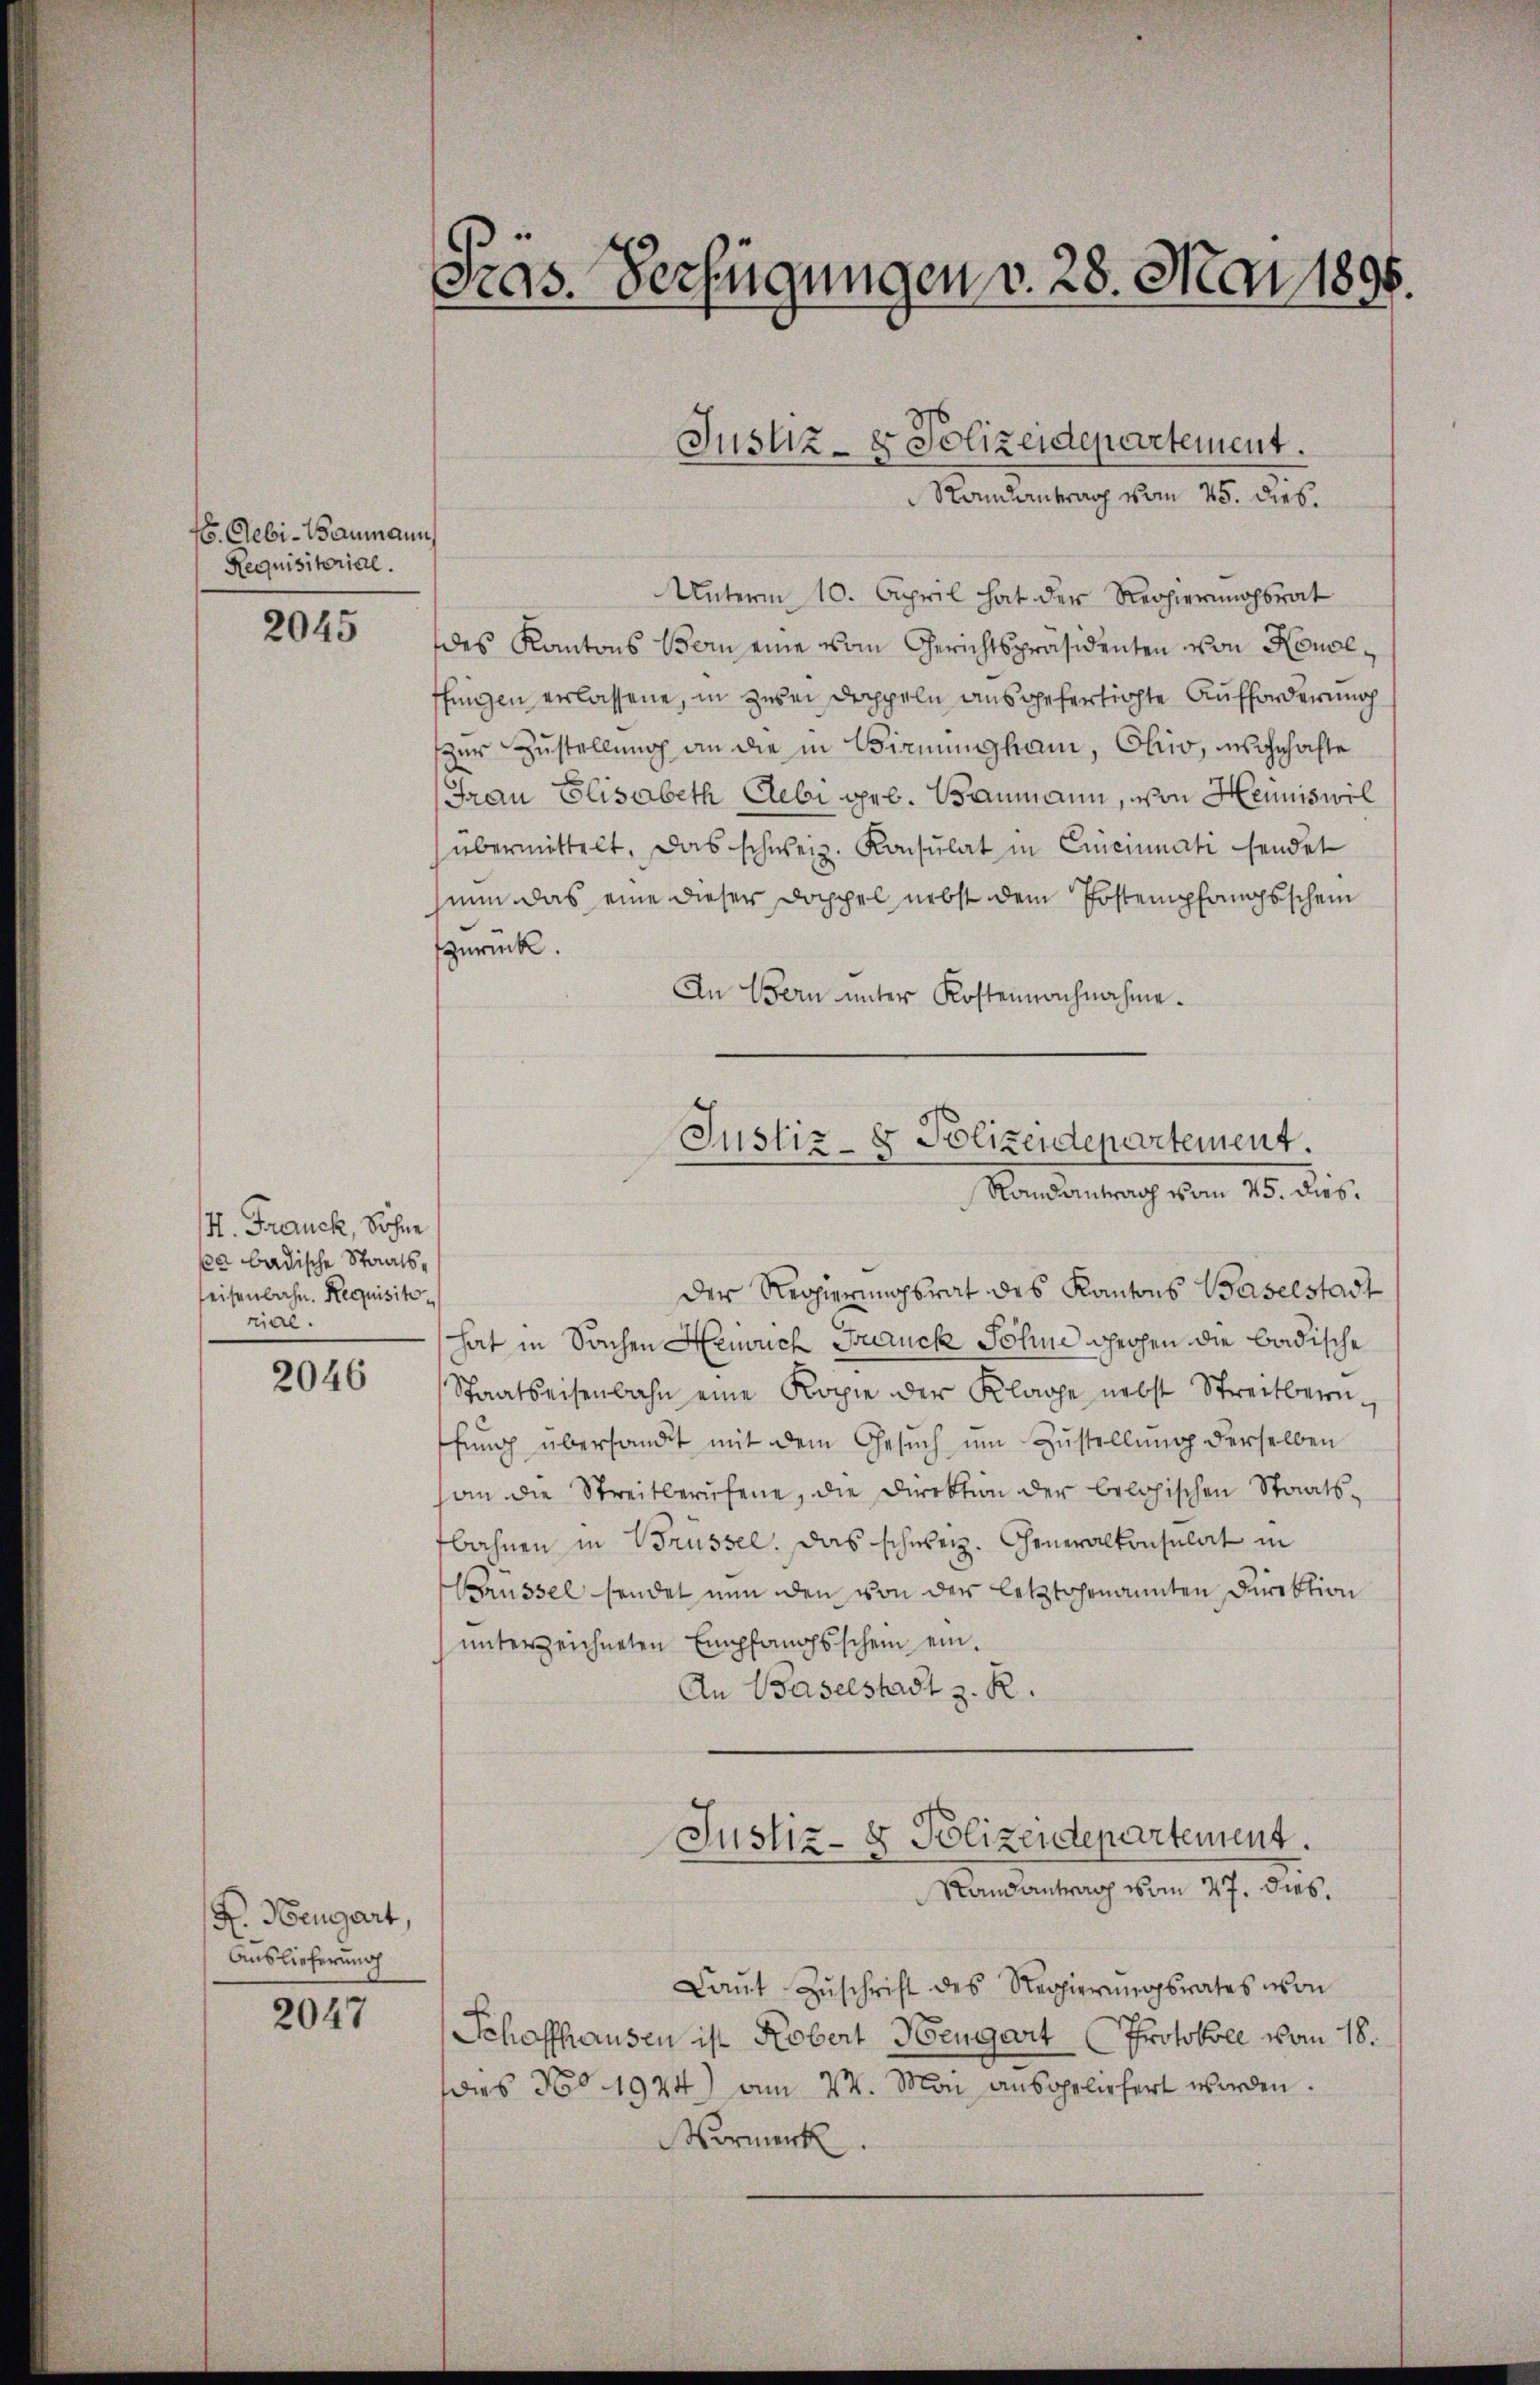
6. Gebi-Baumann
Requisitorial.

2045

H. Franck, Sohne
ka badische Staatsleisenbahn. Requisitorial.

2046

H. Neugart,
Auslieferung

2047

Fras. Verfügungen v. 28. Mai 1895.

Unterm 10. April hat der Regierungsrat
des Kantons Vor eine vom Gerichtspräsidenten von Houseffingen erlassene, in zwei Doppeln ausgefertigte Aufforderung
zur Zustellung an die in Birnungham, Ohio, wohnhafte
Frau Elisabeth Gebe geb. Baumann, von Heimiswil
übermittelt. Das schweiz. Konsulat in Ememinati sendet
nun das eine dieser Doppel nebst dem Postempfangsschein
zurück.
An Bern unter Kostennachnahme.

Justiz- & Polizeidepartement.
Randantrag vom 25. Dieb.

Justiz- & Polizeidepartement.
Randantrag vom 25. dies

Der Regierungsrat des Kantons Baselstadt
hat in Sachen Henrich Buruck Sohne gehen die badische
Staatseisenbahn eine Kopie der Klage nebst Streitbern-
ffung übersandt mit dem Gesuch um Zustellung derselben
an die Streitberufene, die Direktion der belohischen Staatsbahnen in Brüssel. Das schweiz. Generalkonsulat in
Brüssel sendet nun den von der letztgenannten Direktion
ŭnterzeichneten Empfangsschein ein.
An Baselstadt z. R.
Justiz- & Polizendepartement.
Randantrag vom 27. dies
Laŭt Zŭschrift des Regierŭngsrates von
Schaffhausen ist Kobert Bengart Protokoll vom 18.
dies No 1924) am 24. Mai ausgeliefert worden.
Vormerk